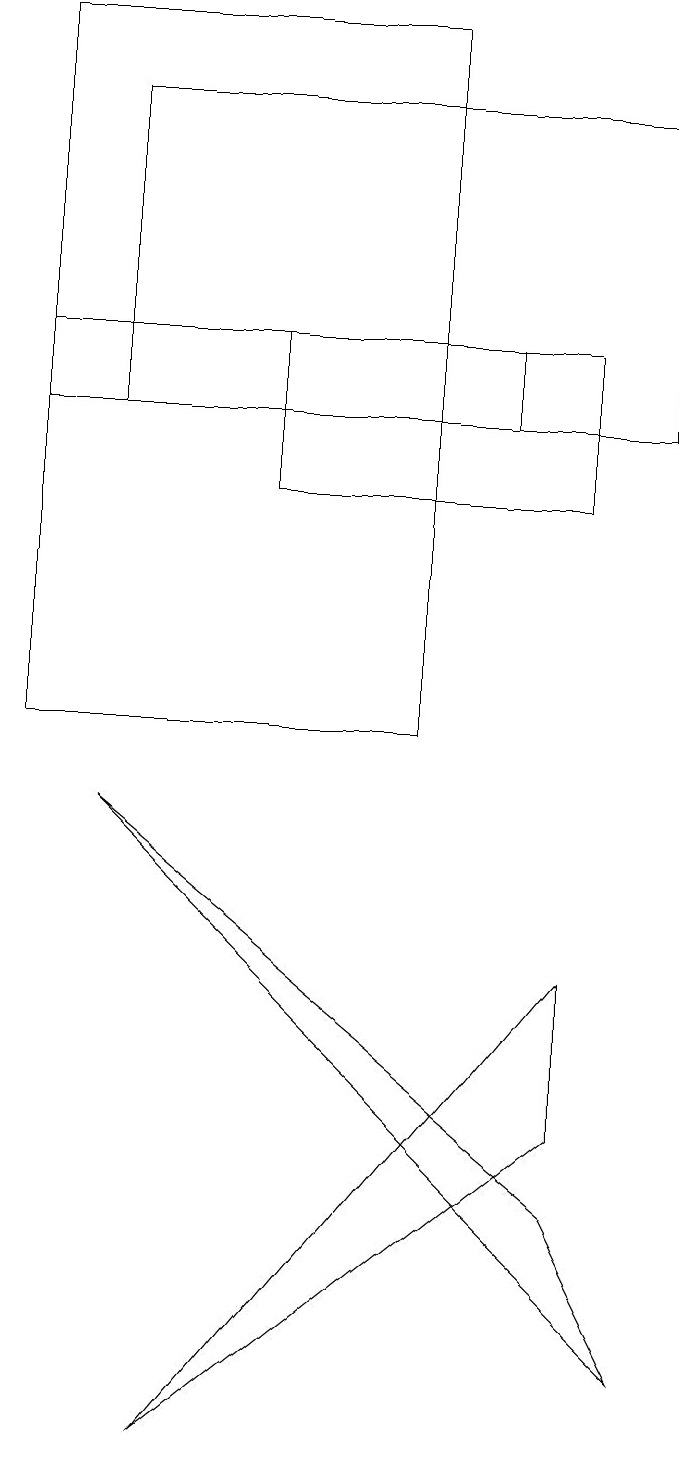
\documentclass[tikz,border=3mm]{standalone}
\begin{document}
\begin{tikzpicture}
\draw (9,14) rectangle (2,18);
\draw (6,19) rectangle (1,10);
\draw (4,15) rectangle (8,13);
\draw (9,2) -- (2,9) -- (8,4) -- cycle;
\draw (3,1) -- (8,5) -- (8,7) -- cycle;
\draw (7,15) rectangle (1,14);
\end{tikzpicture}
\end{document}